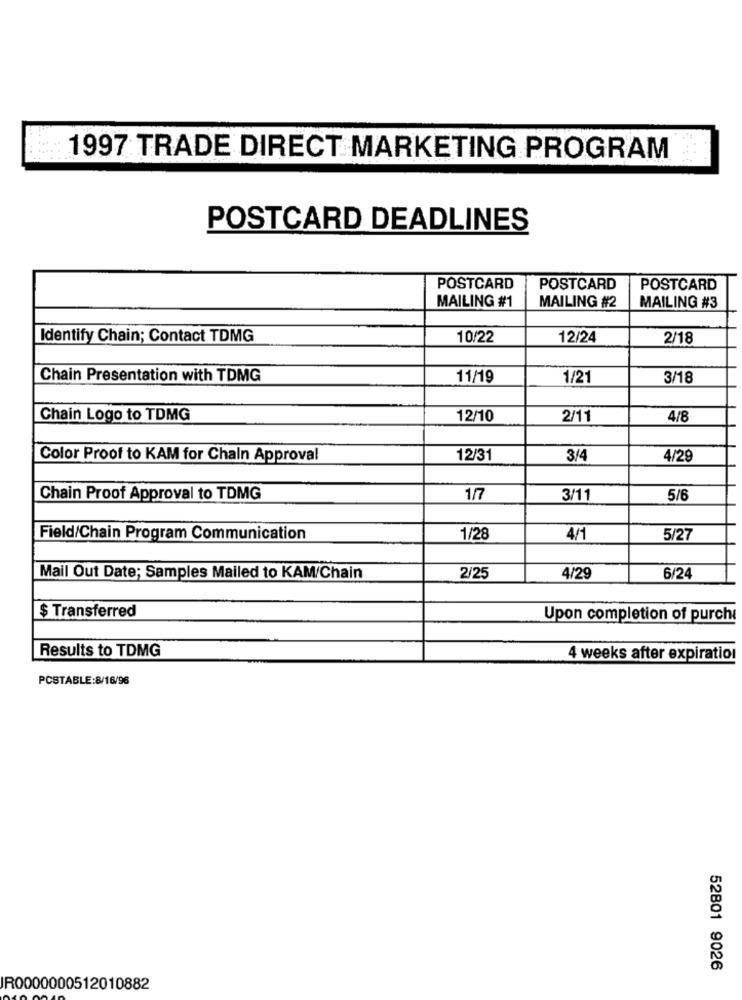
1997 TRADE DIRECT MARKETING PROGRAM
POSTCARD DEADLINES
POSTCARD
POSTCARD
POSTCARD
MAILING #1
MAILING #2
MAILING #3
Identify Chain; Contact TDMG
10/22
12/24
2/18
Chain Presentation with TDMG
11/19
1/21
3/18
Chain Logo to TDMG
12/10
2/11
4/8
Color Proof to KAM for Chain Approval
12/31
3/4
4/29
Chain Proof Approval to TDMG
1/7
3/11
5/6
Field/Chain Program Communication
1/28
4/1
5/27
Mail Out Date; Samples Mailed to KAM/Chain
2/25
4/29
6/24
$ Transferred
Upon completion of purch
Results to TDMG
4 weeks after expiration
PCSTABLE:8/16/96
52801 9026
IR0000000512010882